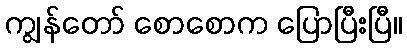
ကျွန်တော် စောစောက ပြောပြီးပြီ။